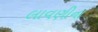
લાવણીના